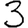
Digit: 3